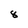
Character: 8